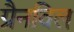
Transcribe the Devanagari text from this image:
ग्रैनविल